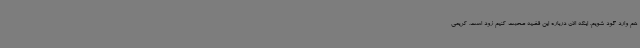
هم وارد گود شویم. اینکه الان درباره این قضیه صحبت کنیم زود است. کریمی